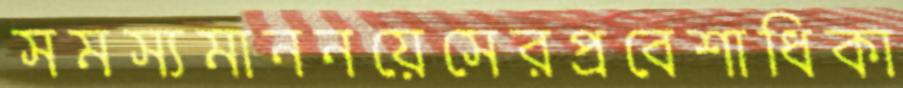
সমস্যমাননয়েসেরপ্রবেশাধিকা